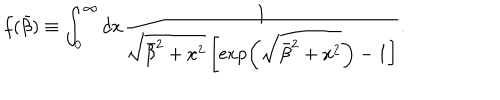
LaTeX: f ( \bar { \beta } ) \equiv \int _ { 0 } ^ { \infty } d x \frac { 1 } { \sqrt { \bar { \beta } ^ { 2 } + x ^ { 2 } } \left[ \exp \left( \sqrt { \bar { \beta } ^ { 2 } + x ^ { 2 } } \right) - 1 \right] } .